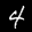
Label: 4